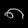
Digit: ၈